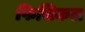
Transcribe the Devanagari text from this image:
फिसिकल